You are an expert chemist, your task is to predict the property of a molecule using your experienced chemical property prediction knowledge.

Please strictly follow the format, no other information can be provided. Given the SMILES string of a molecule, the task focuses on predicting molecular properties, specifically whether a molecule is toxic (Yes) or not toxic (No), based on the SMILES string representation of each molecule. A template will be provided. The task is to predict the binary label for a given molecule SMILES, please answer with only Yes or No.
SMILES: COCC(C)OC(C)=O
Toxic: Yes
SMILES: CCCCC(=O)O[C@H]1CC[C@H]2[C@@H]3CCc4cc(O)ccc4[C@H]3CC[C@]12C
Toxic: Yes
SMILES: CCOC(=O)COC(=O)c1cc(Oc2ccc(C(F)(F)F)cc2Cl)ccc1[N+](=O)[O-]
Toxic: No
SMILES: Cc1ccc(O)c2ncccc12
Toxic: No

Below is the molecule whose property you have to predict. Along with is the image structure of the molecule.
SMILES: CCN(CC)c1nc(C)cc(OP(=S)(OC)OC)n1
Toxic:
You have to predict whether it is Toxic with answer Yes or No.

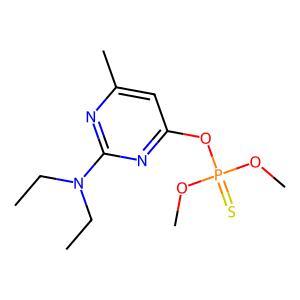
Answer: No